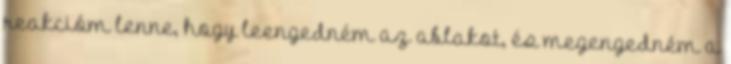
reakcióm lenne, hogy leengedném az ablakot, és megengedném a